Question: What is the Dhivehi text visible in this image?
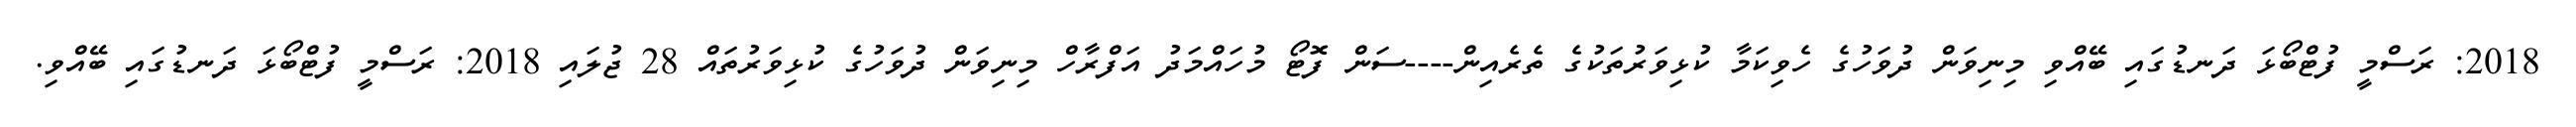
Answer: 2018: ރަސްމީ ފުޓްބޯޅަ ދަނޑުގައި ބޭއްވި މިނިވަން ދުވަހުގެ ހެވިކަމާ ކުޅިވަރުތަކުގެ ތެރެއިން----ސަން ފޮޓޯ މުހައްމަދު އަފްރާހް މިނިވަން ދުވަހުގެ ކުޅިވަރުތައް 28 ޖުލައި 2018: ރަސްމީ ފުޓްބޯޅަ ދަނޑުގައި ބޭއްވި.